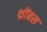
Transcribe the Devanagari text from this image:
थ्रोंबस